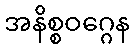
အနိစ္စဝဂ္ဂေန